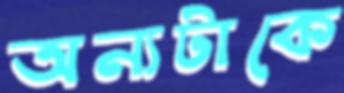
অন্যটাকে